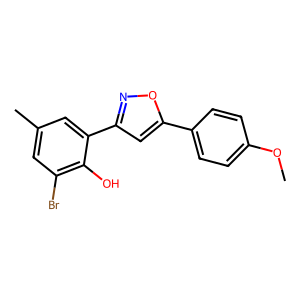
SMILES: COc1ccc(-c2cc(-c3cc(C)cc(Br)c3O)no2)cc1
Inhibits HIV replication: No